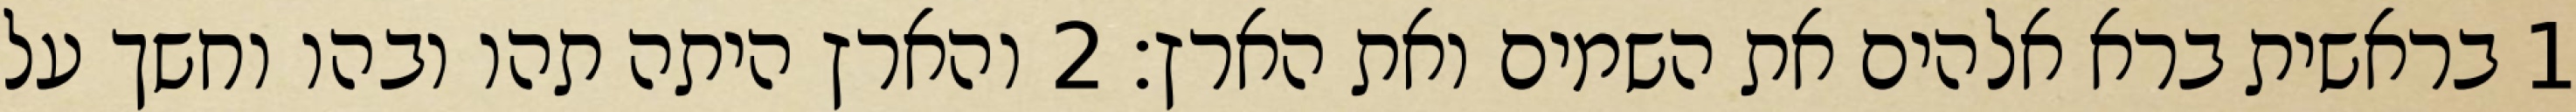
1 בראשית ברא אלהים את השמים ואת הארץ׃ ‎2‏ והארץ היתה תהו ובהו וחשך על